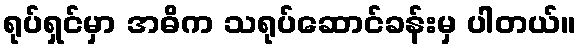
ရုပ်ရှင်မှာ အဓိက သရုပ်ဆောင်ခန်းမှ ပါတယ်။